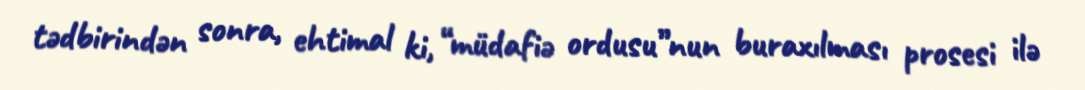
tədbirindən sonra, ehtimal ki, “müdafiə ordusu”nun buraxılması prosesi ilə